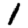
Digit: 1